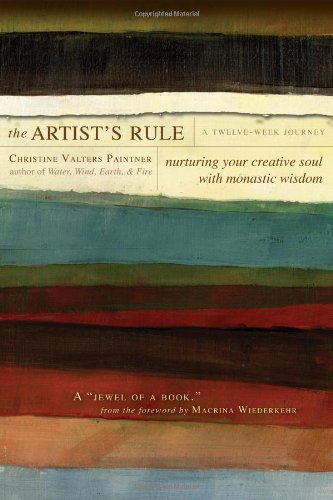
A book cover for The Artist's Rule: Nurturing Your Creative Soul with Monastic Wisdom; Christine Valters Paintner; Christian Books & Bibles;